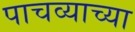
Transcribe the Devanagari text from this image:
पाचव्याच्या